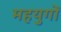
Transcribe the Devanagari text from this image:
महयुगों